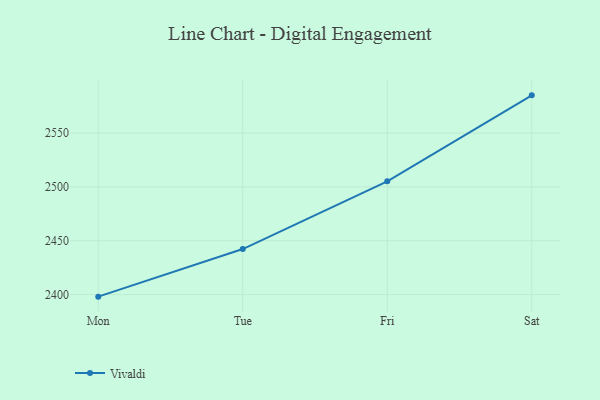
{"axis": {"x": "Day", "y": "Inventory Turnover"}, "legend": ["Vivaldi"], "data": [{"x": "Mon", "y": 2398.1, "type": "Vivaldi"}, {"x": "Tue", "y": 2442.3, "type": "Vivaldi"}, {"x": "Fri", "y": 2505.2, "type": "Vivaldi"}, {"x": "Sat", "y": 2585.0, "type": "Vivaldi"}]}